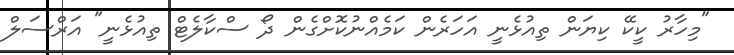
"މިހާރު ކީކޭ ކިޔަން ތިއުޅެނީ އަހަރެން ކަމެއްނުކޮށްގެން ދޯ ސްކާލެޓް ތިއުޅެނީ" އަރްސަލް